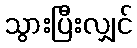
သွားပြီးလျှင်